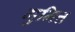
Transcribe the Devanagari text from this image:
मुमित्त